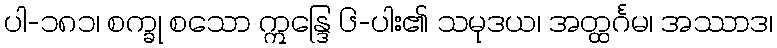
ပါ-၁၈၁၊ စက္ခု စသော ဣန္ဒြေ ၆-ပါး၏ သမုဒယ၊ အတ္ထင်္ဂမ၊ အဿာဒ၊